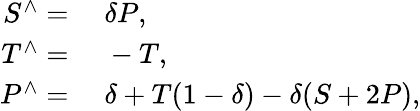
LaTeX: \begin{array}{rl}{S^{\wedge}=}&{{}\; \delta P,}\\ {T^{\wedge}=}&{{}\; -T,}\\ {P^{\wedge}=}&{{}\; \delta+T(1-\delta)-\delta(S+2P),}\end{array}